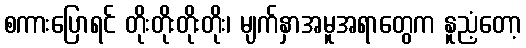
စကားပြောရင် တိုးတိုးတိုးတိုး၊ မျက်နှာအမူအရာတွေက နူညံ့တော့